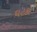
ઘટકો